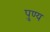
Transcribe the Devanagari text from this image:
पु्ण्य